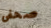
صحفى